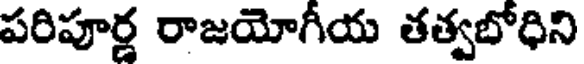
పరిపూర్ణ రాజయోగీయ తత్వబోధిని